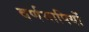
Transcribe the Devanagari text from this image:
वर्णमापियों